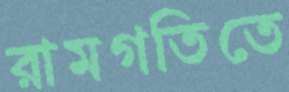
রামগতিতে